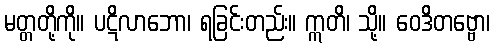
မတ္တတို့ကို။ ပဋိလာဘော၊ ရခြင်းတည်း။ ဣတိ၊ သို့။ ဝေဒိတဗ္ဗော၊